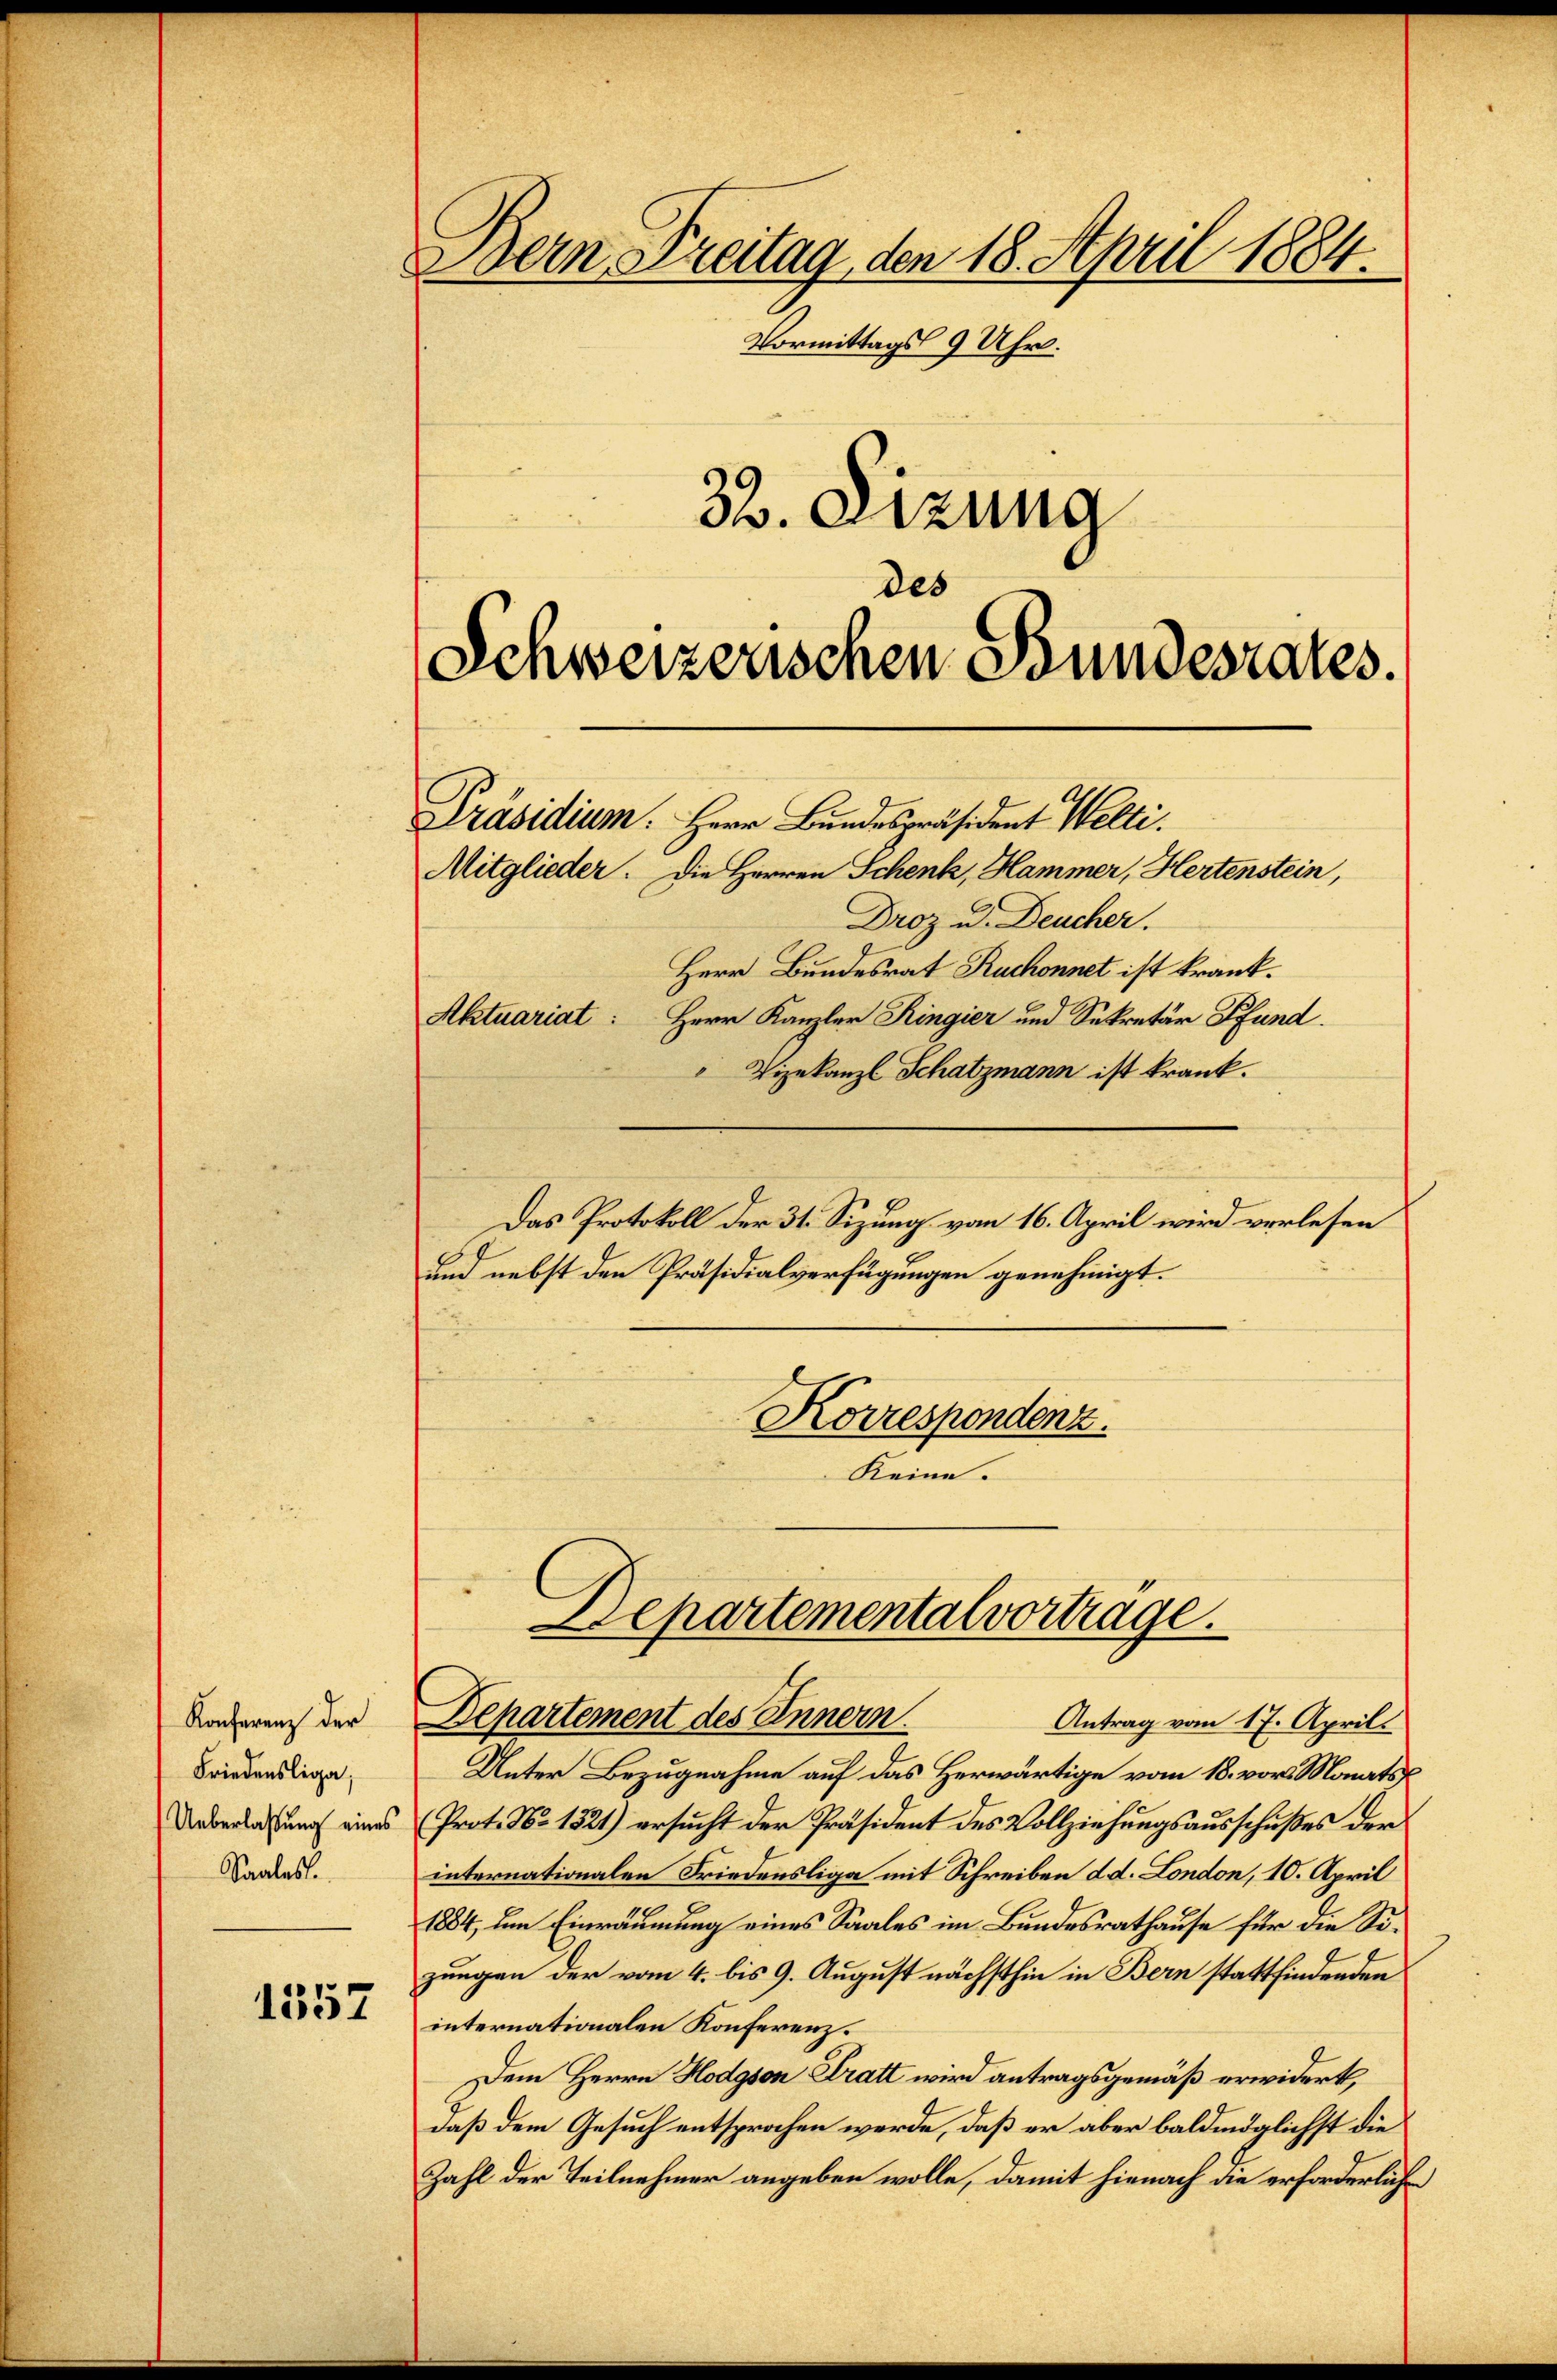
Konferenz der
Friedensliga
Ueberlaßung eines
Saales.

1352

Bern, Freitag, den 18. April 1884.
Vormittags 9 Uhr.
32. Sizung
des

Schweizerischen Bundesrates.
Präsidium. Herr Bundespräsident Welti.
Mitglieder. Die Herren Schenk, Hammer, Hertenstein,

Droz u. Deucher.
Herr Bundesrat Ruchonnet ist krank.
Aktuariat: Herr Kanzler Ringier und Sekretär Pfund
" Vizekanzl Schatzmann ist krank.
Das Protokoll der 31. Sizung vom 16. April wird verlesen
und nebst den Präsidialverfügungen genehmigt.
Korrespondenz.
Keine.

Unter Bezugnahme auf das Herwärtige vom 18. vor. Monats
Prot. No 1321) ersucht der Präsident des Vollziehungsausschußes der
internationalen Friedensliga mit Schreiben d. d. London, 10. April

1884, um Einräumung eines Saales im Bundesrathause für die Sizungen der vom 4. bis 9. August nächsthin in Bern stattfindenden
internationalen Konferenz¬
Dem Herrn Hodgson Tratt wird antragsgemäß erwidert,
daß dem Gesuch entsprochen werde, daß er aber baldmöglichst die
Zahl der Teilnehmer angeben wolle, damit hienach die erforderliche

Departementalvortrage.
Departement des Innern.
Antrag vom 17. April.